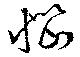
惱